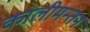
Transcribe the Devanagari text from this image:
कालीमन्तन